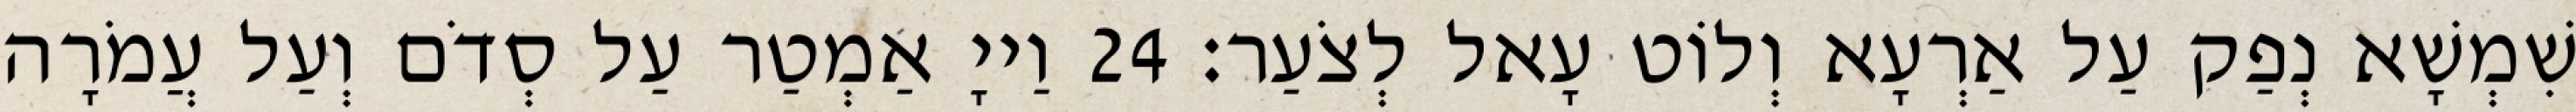
שִׁמְשָׁא נְפַק עַל אַרְעָא וְלוֹט עָאל לְצֹעַר׃ 24 וַייָ אַמְטַר עַל סְדֹם וְעַל עֲמֹרָה